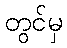
တွင်မှ